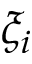
\xi _ { i }